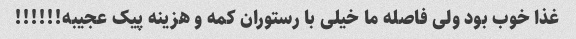
غذا خوب بود ولی فاصله ما خیلی با رستوران کمه و هزینه پیک عجیبه!!!!!!